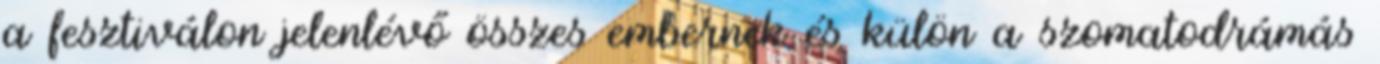
a fesztiválon jelenlévő összes embernek és külön a szomatodrámás